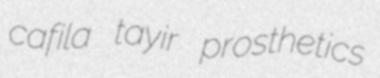
cafila tayir prosthetics